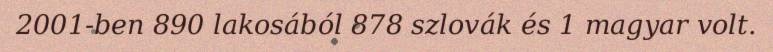
2001-ben 890 lakosából 878 szlovák és 1 magyar volt.